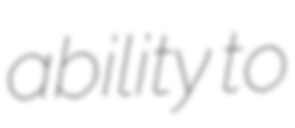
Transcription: ability to